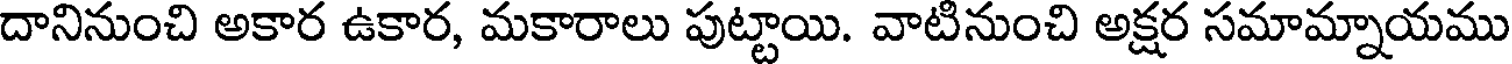
దానినుంచి అకార ఉకార, మకారాలు పుట్టాయి. వాటినుంచి అక్షర సమామ్నాయము